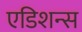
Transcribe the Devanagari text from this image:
एडिशन्स